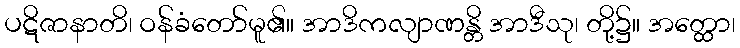
ပဋိဇာနာတိ၊ ဝန်ခံတော်မူ၏။ အာဒိကလျာဏန္တိ အာဒီသု၊ တို့၌။ အတ္ထော၊